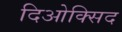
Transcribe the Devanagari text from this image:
दिओक्सिद